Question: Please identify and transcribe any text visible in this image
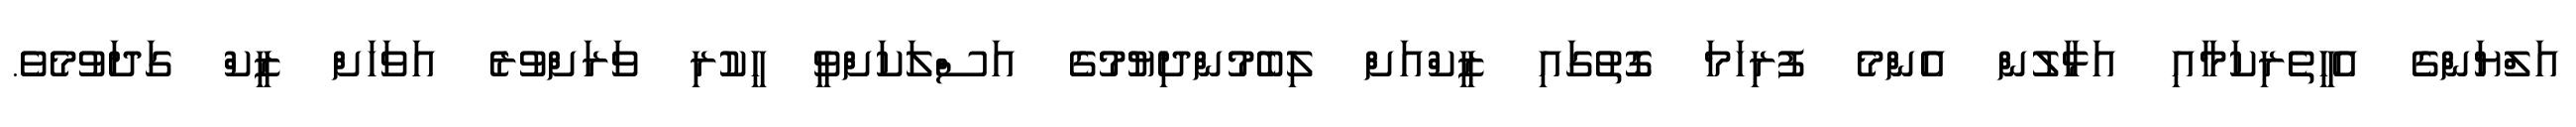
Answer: އަލްޔަންގެ އެހީތެރިކަމާއި އަޅާލުން އެންމެ ފުރިހަމަ ގޮތުގައި ޒީކްއަށް ލިބެމުންދިޔުމުގެ އަސްލަކަށްވީ ހީކުރި ވަރަށްވުރެ އަވަހަށް ޒީކް ގަދަވުމެވެ.